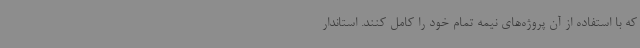
که با استفاده از آن پروژه‌های نیمه تمام خود را کامل کنند. استاندار